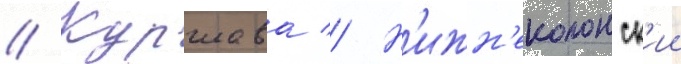
// Куршава // Н'ижн'еколонск'ии